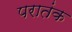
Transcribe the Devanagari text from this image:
परातंक